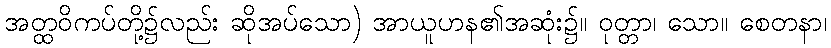
အတ္ထဝိကပ်တို့၌လည်း ဆိုအပ်သော) အာယူဟန၏အဆုံး၌။ ဝုတ္တာ၊ သော။ စေတနာ၊